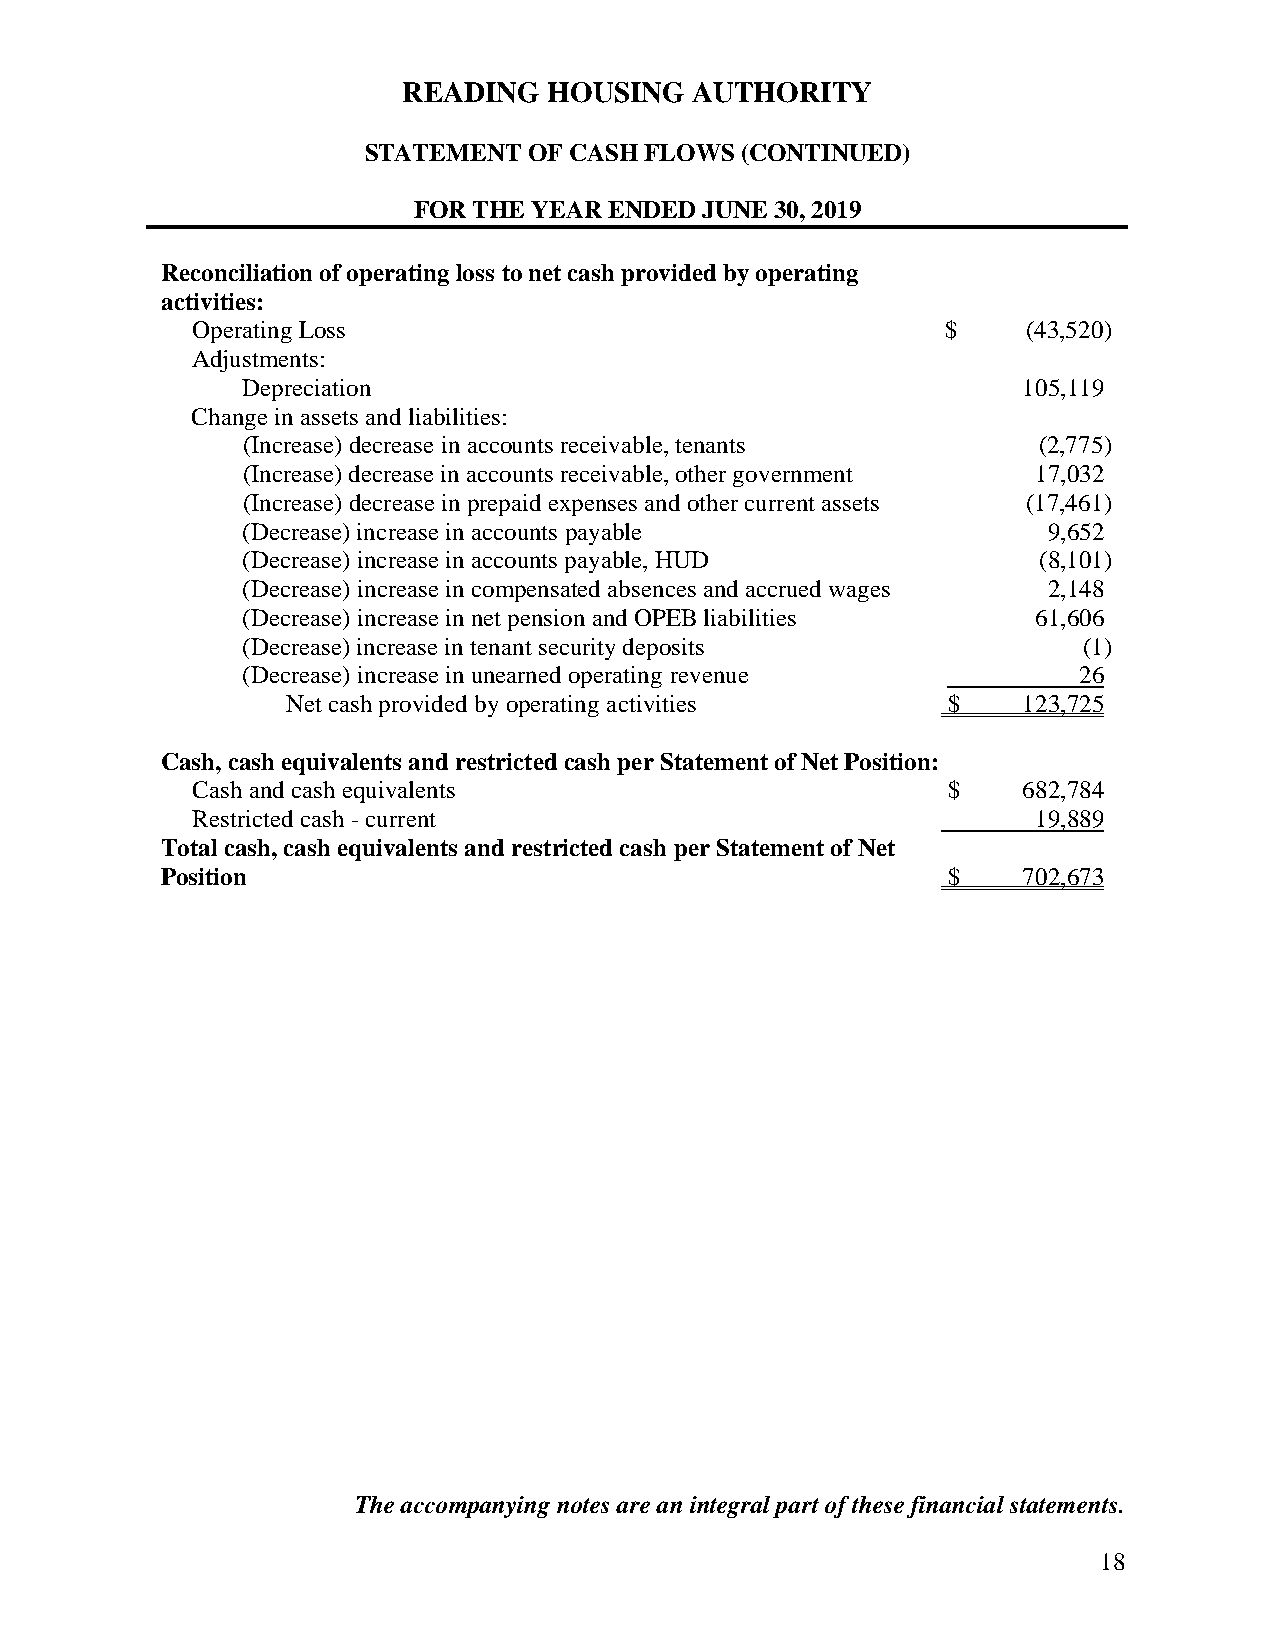
READING  HOUSING   AUTHORITY
 STATEMENT  OF CASH FLOWS (CONTINUED)
 FOR THE YEAR ENDED  JUNE 30, 2019
 Reconciliation of operating loss to net cash provided by operating
 activities:
 Operating Loss                                    $    (43,520)
 Adjustments:
 Depreciation                                        105,119
 Change in assets and liabilities:
 (Increase) decrease in accounts receivable, tenants  (2,775)
 (Increase) decrease in accounts receivable, other government 17,032
 (Increase) decrease in prepaid expenses and other current assets (17,461)
 (Decrease) increase in accounts payable              9,652
 (Decrease) increase in accounts payable, HUD         (8,101)
 (Decrease) increase in compensated absences and accrued wages 2,148
 (Decrease) increase in net pension and OPEB liabilities 61,606
 (Decrease) increase in tenant security deposits         (1)
 (Decrease) increase in unearned operating revenue      26
 Net cash provided by operating activities   $    123,725
 Cash, cash equivalents and restricted cash per Statement of Net Position:
 Cash and cash equivalents                         $    682,784
 Restricted cash - current                               19,889
 Total cash, cash equivalents and restricted cash per Statement of Net
 Position                                            $    702,673
 The accompanying notes are an integral part of these financial statements.
 18